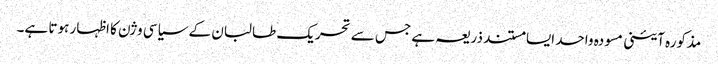
مذکورہ آئینی مسودہ واحد ایسا مستند ذریعہ ہے جس سے تحریک طالبان کے سیاسی وژن کا اظہار ہوتا ہے۔